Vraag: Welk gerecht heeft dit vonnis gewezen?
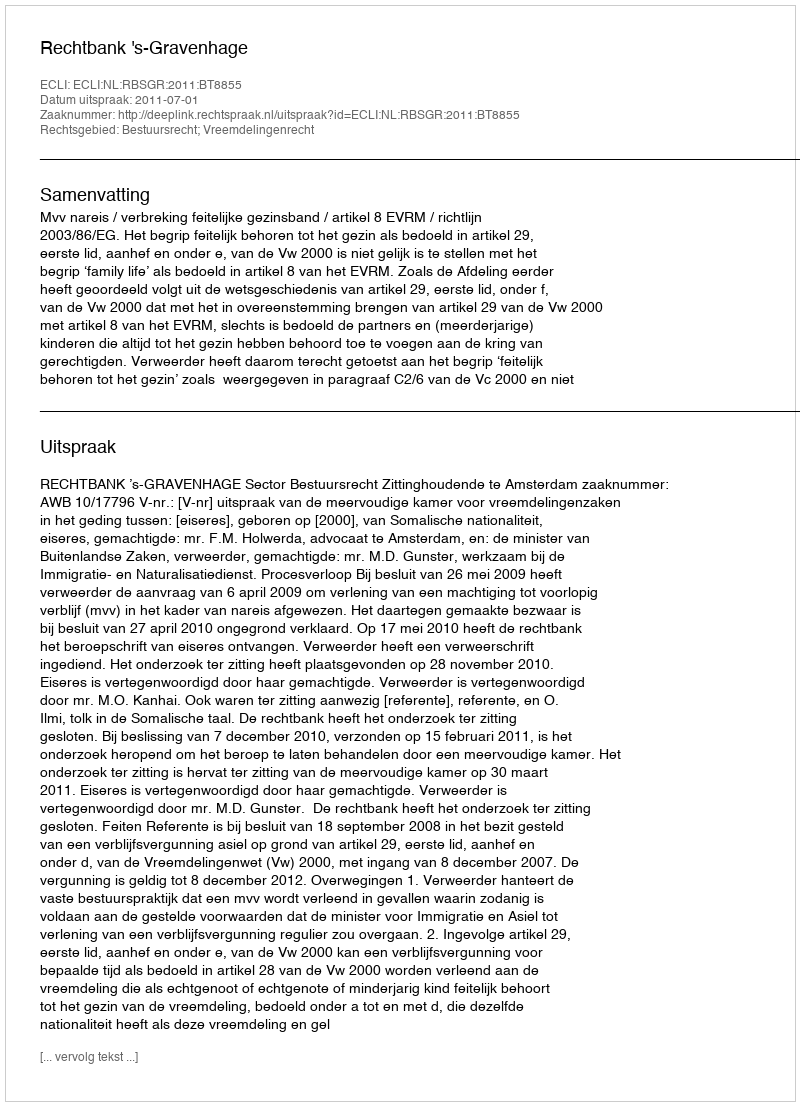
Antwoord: Rechtbank 's-Gravenhage